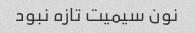
نون سیمیت تازه نبود